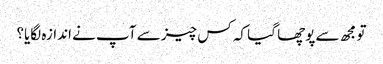
تو مجھ سے پوچھا گیا کہ کس چیز سے آپ نے اندازہ لگایا؟